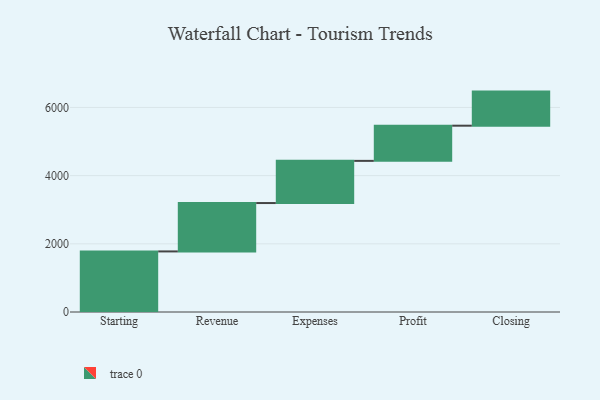
{"axis": {"x": "Step", "y": "Value"}, "legend": [""], "data": [{"x": "Starting", "y": 1777.0, "type": ""}, {"x": "Revenue", "y": 1419.0, "type": ""}, {"x": "Expenses", "y": 1237.0, "type": ""}, {"x": "Profit", "y": 1032.0, "type": ""}, {"x": "Closing", "y": 1000, "type": ""}]}